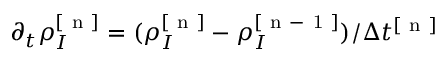
\partial _ { t } \rho _ { I } ^ { [ \mathrm { ~ n ~ } ] } = ( \rho _ { I } ^ { [ \mathrm { ~ n ~ } ] } - \rho _ { I } ^ { [ \mathrm { ~ n ~ - ~ 1 ~ } ] } ) / \Delta t ^ { [ \mathrm { ~ n ~ } ] }